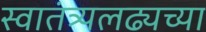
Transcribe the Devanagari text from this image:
स्वातंत्र्यलढ्यच्या